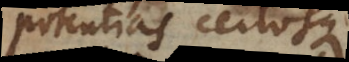
potentias certosque